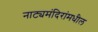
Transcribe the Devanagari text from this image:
नाट्यमंदिरांमधील